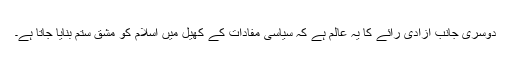
دوسری جانب آزادی رائے کا یہ عالم ہے کہ سیاسی مفادات کے کھیل میں اسلام کو مشق ستم بنایا جاتا ہے۔